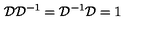
{ \cal D } { \cal D } ^ { - 1 } = { \cal D } ^ { - 1 } { \cal D } = 1